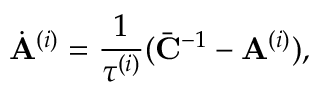
\dot { \mathbf { A } } ^ { ( i ) } = \frac { 1 } { \tau ^ { ( i ) } } ( \bar { \mathbf { C } } ^ { - 1 } - \mathbf { A } ^ { ( i ) } ) ,